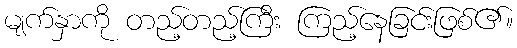
မျက်နှာကို တည့်တည့်ကြီး ကြည့်နေခြင်းဖြစ်၏။